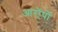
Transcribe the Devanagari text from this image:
आरोंपों